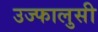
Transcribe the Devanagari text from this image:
उज्फालुसी